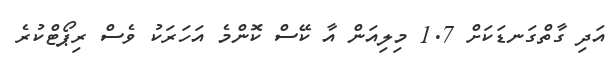
އަދި ގާތްގަނޑަކަށް 1.7 މިލިއަން އާ ކޭސް ކޮންމެ އަހަރަކު ވެސް ރިޕޯޓްކުރެ